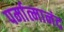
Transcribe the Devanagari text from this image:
पर्मात्मानंद